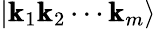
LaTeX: |\pmb{\mathrm{k}}_{1}\pmb{\mathrm{k}}_{2}\cdots\pmb{\mathrm{k}}_{m}\rangle